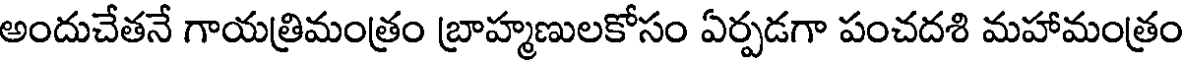
అందుచేతనే గాయత్రిమంత్రం బ్రాహ్మణులకోసం ఏర్పడగా పంచదశి మహామంత్రం